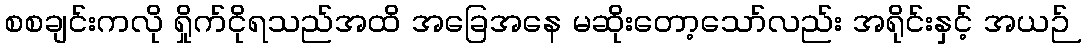
စစချင်းကလို ရှိုက်ငိုရသည်အထိ အခြေအနေ မဆိုးတော့သော်လည်း အရိုင်းနှင့် အယဉ်